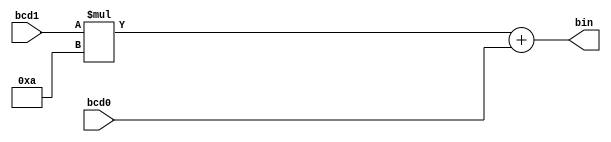
module bcd2bin
   (
    input wire [3:0] bcd1, bcd0,
    output wire [6:0] bin
   );
 
   assign bin = (bcd1 * 4'b1010) + {3'b0, bcd0};

endmodule